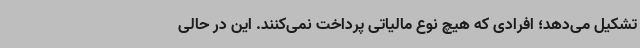
تشکیل می‌دهد؛ افرادی که هیچ نوع مالیاتی پرداخت نمی‌کنند. این در حالی